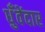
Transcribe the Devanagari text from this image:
धुँवेंदार